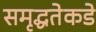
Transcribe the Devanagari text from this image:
समृद्धतेकडे